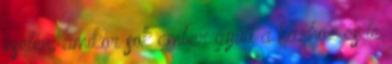
esetén, amikor sok ember gyűlt a házhoz és le